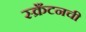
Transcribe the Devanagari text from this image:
स्क्रँटनची